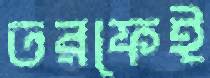
তরফেই